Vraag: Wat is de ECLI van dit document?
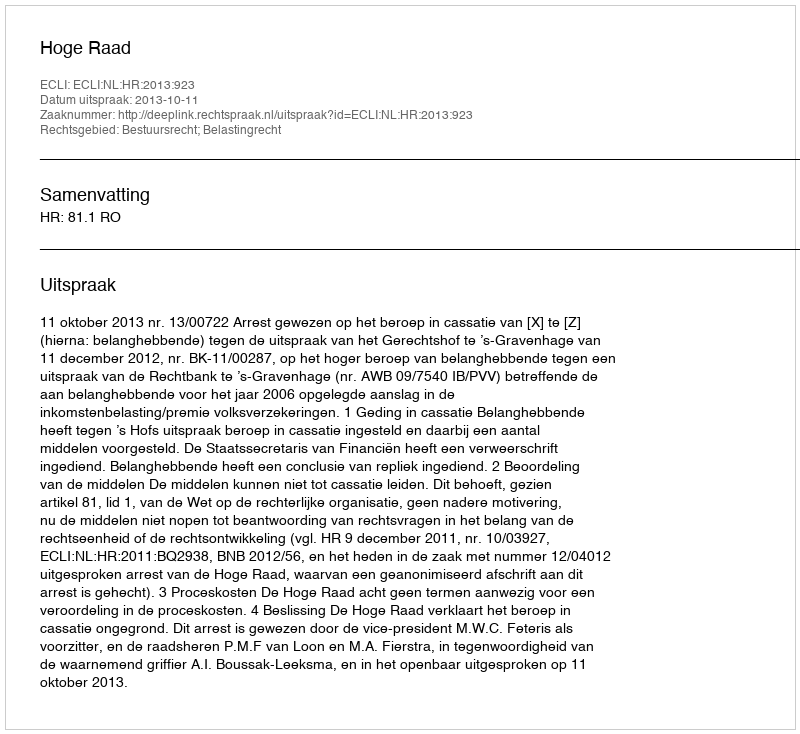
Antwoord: ECLI:NL:HR:2013:923